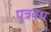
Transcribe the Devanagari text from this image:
पुत्रवध